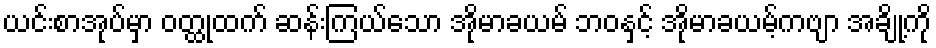
ယင်းစာအုပ်မှာ ဝတ္ထုထက် ဆန်းကြယ်သော အိုမာခယမ် ဘဝနှင့် အိုမာခယမ့်ကဗျာ အချို့ကို